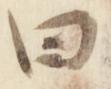
曰